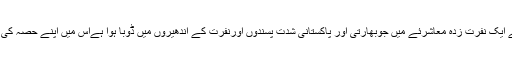
اوم پوری دنیا سے جاتے جاتے ایک نفرت زدہ معاشرئے میں جوبھارتی اور پاکستانی شدت پسندوں اورنفرت کے اندھیروں میں ڈوبا ہوا ہےاس میں اپنے حصہ کی شمع محبت جلا کر چلے گئے۔